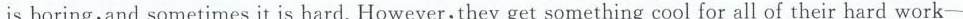
isboring,and sometimes it is hard.However,they get something cool for all of their hard work